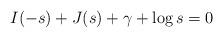
LaTeX: \begin{align*} I(-s)+J(s)+\gamma+\log s=0 \end{align*}